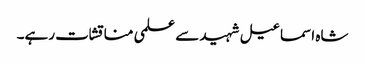
شاہ اسماعیل شہید سے علمی مناقشات رہے۔